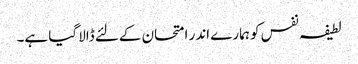
لطیفہ نفس کو ہمارے اندر امتحان کےلئے ڈالا گیا ہے۔